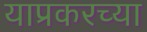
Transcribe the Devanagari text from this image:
याप्रकरच्या